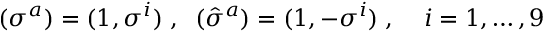
( \sigma ^ { a } ) = ( 1 , \sigma ^ { i } ) \; , \; \; ( \hat { \sigma } ^ { a } ) = ( 1 , - \sigma ^ { i } ) \; , \; \; \; \; i = 1 , \ldots , 9